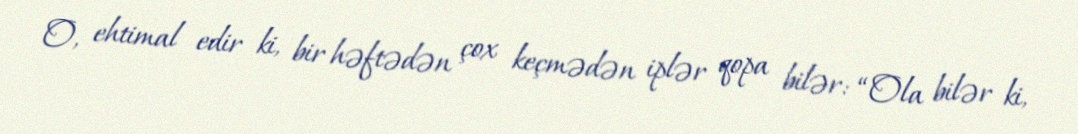
O, ehtimal edir ki, bir həftədən çox keçmədən iplər qopa bilər: “Ola bilər ki,